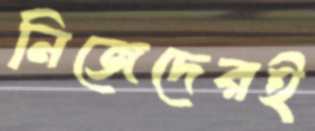
নিজেদেরই